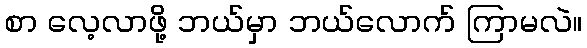
စာ လေ့လာဖို့ ဘယ်မှာ ဘယ်လောက် ကြာမလဲ။